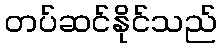
တပ်ဆင်နိုင်သည်